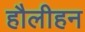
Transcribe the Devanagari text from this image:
हौलीहन